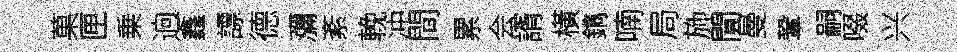
菓匣乗逈鑫謤德瀰紊輓冲間累会諝橫鐫喃局斾閴曼鞏嗣啜兴